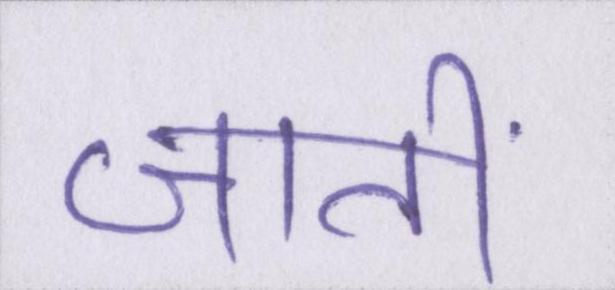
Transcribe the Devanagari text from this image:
जातीं